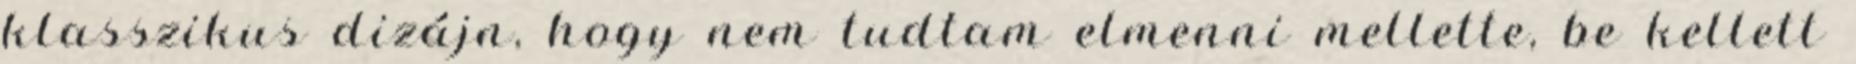
klasszikus dizájn, hogy nem tudtam elmenni mellette, be kellett